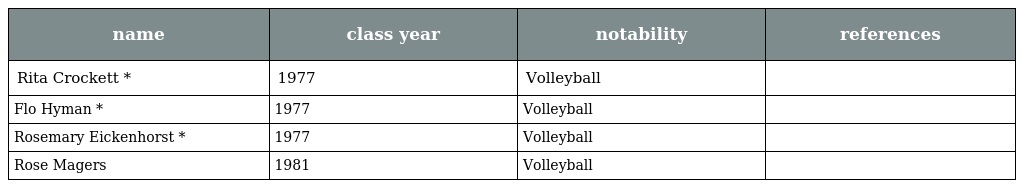
| name | class year | notability | references |
 | --- | --- | --- | --- |
 | Rita Crockett * | 1977 | Volleyball |  |
 | Flo Hyman * | 1977 | Volleyball |  |
 | Rosemary Eickenhorst * | 1977 | Volleyball |  |
 | Rose Magers | 1981 | Volleyball |  |